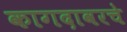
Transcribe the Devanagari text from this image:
कागदावरचे